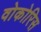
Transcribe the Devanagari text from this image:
वोकोरिस